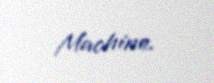
Machine.